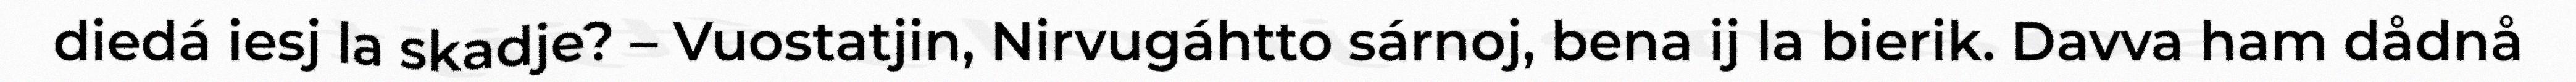
diedá iesj la skadje? – Vuostatjin, Nirvugáhtto sárnoj, bena ij la bierik. Davva ham dådnå